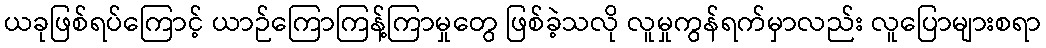
ယခုဖြစ်ရပ်ကြောင့် ယာဉ်ကြောကြန့်ကြာမှုတွေ ဖြစ်ခဲ့သလို လူမှုကွန်ရက်မှာလည်း လူပြောများစရာ